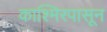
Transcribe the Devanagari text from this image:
काश्मिरपासून